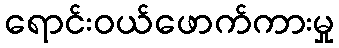
ရောင်းဝယ်ဖောက်ကားမှု